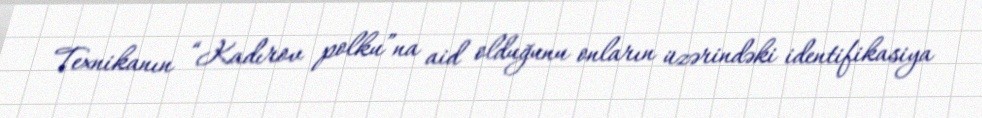
Texnikanın “Kadırov polku”na aid olduğunu onların üzərindəki identifikasiya